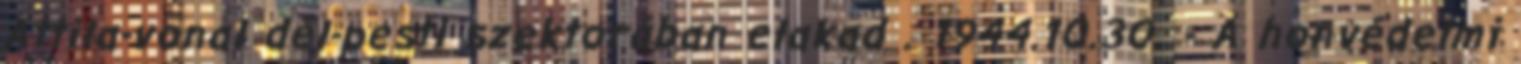
Attila-vonal dél-pesti szektorában elakad . 1944.10.30. - A honvédelmi